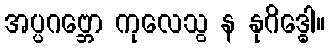
အပ္ပဂဗ္ဘော ကုလေသွ န နုဂိဒ္ဓေါ။